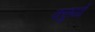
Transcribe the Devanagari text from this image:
कछुयों